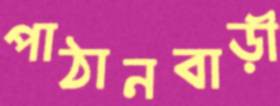
পাঠানবাড়ী